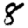
Digit: 8